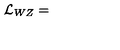
\mathcal { L } _ { W Z } =